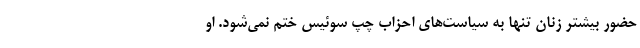
حضورِ بیشتر زنان تنها به سیاست‌های احزاب چپ سوئیس ختم نمی‌شود. او